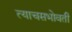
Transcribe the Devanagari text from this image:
त्याचसभोवती